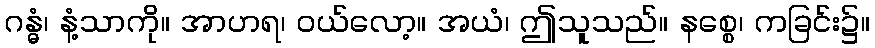
ဂန္ဓံ၊ နံ့သာကို။ အာဟရ၊ ဝယ်လော့။ အယံ၊ ဤသူသည်။ နစ္စေ၊ ကခြင်း၌။